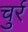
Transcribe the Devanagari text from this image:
चुर्र